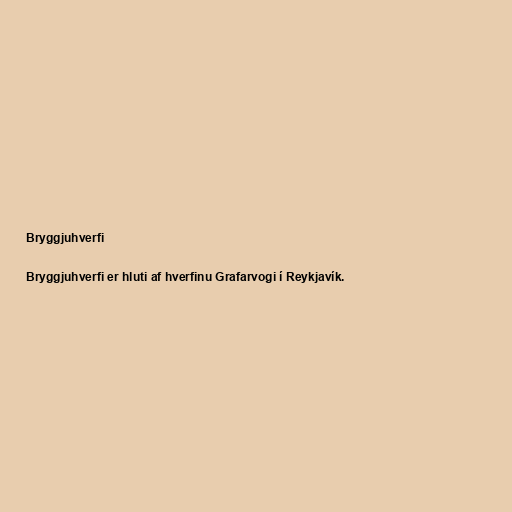
Bryggjuhverfi

Bryggjuhverfi er hluti af hverfinu Grafarvogi í Reykjavík.